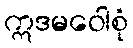
ဣဒမဝေါစုံ